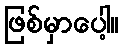
ဖြစ်မှာပေါ့။